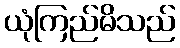
ယုံကြည်မိသည်